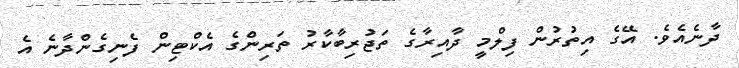
ދާނެއެވެ. އޭގެ އިތުރުން ފިލްމީ ދާއިރާގެ ތަޖުރިބާކާރު ތަރިންގެ އެކްޓިން ފެނިގެންދާނެ އެ